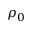
\rho _ { 0 }